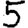
Digit: 5